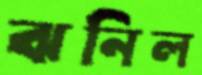
ঝনিল